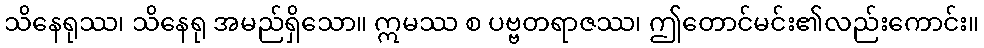
သိနေရုဿ၊ သိနေရု အမည်ရှိသော။ ဣမဿ စ ပဗ္ဗတရာဇဿ၊ ဤတောင်မင်း၏လည်းကောင်း။